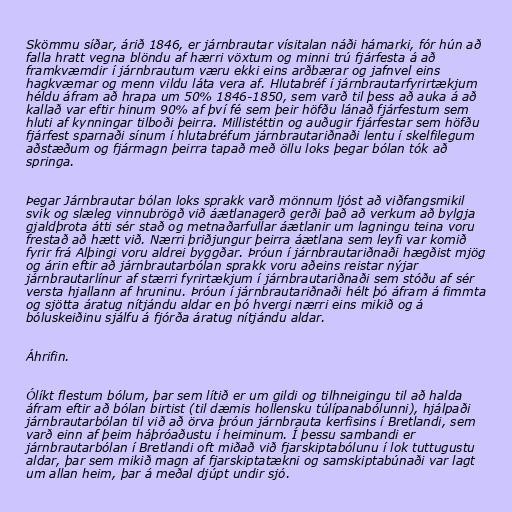
Skömmu síðar, árið 1846, er járnbrautar vísitalan náði hámarki, fór hún að
falla hratt vegna blöndu af hærri vöxtum og minni trú fjárfesta á að
framkvæmdir í járnbrautum væru ekki eins arðbærar og jafnvel eins
hagkvæmar og menn vildu láta vera af. Hlutabréf í járnbrautarfyrirtækjum
héldu áfram að hrapa um 50% 1846-1850, sem varð til þess að auka á að
kallað var eftir hinum 90% af því fé sem þeir höfðu lánað fjárfestum sem
hluti af kynningar tilboði þeirra. Millistéttin og auðugir fjárfestar sem höfðu
fjárfest sparnaði sínum í hlutabréfum járnbrautariðnaði lentu í skelfilegum
aðstæðum og fjármagn þeirra tapað með öllu loks þegar bólan tók að
springa.

Þegar Járnbrautar bólan loks sprakk varð mönnum ljóst að viðfangsmikil
svik og slæleg vinnubrögð við áætlanagerð gerði það að verkum að bylgja
gjaldþrota átti sér stað og metnaðarfullar áætlanir um lagningu teina voru
frestað að hætt við. Nærri þriðjungur þeirra áætlana sem leyfi var komið
fyrir frá Alþingi voru aldrei byggðar. Þróun í járnbrautariðnaði hægðist mjög
og árin eftir að járnbrautarbólan sprakk voru aðeins reistar nýjar
járnbrautarlínur af stærri fyrirtækjum í járnbrautariðnaði sem stóðu af sér
versta hjallann af hruninu. Þróun í járnbrautariðnaði hélt þó áfram á fimmta
og sjötta áratug nítjándu aldar en þó hvergi nærri eins mikið og á
bóluskeiðinu sjálfu á fjórða áratug nítjándu aldar.

Áhrifin.

Ólíkt flestum bólum, þar sem lítið er um gildi og tilhneigingu til að halda
áfram eftir að bólan birtist (til dæmis hollensku túlípanabólunni), hjálpaði
járnbrautarbólan til við að örva þróun járnbrauta kerfisins í Bretlandi, sem
varð einn af þeim háþróaðustu í heiminum. Í þessu sambandi er
járnbrautarbólan í Bretlandi oft miðað við fjarskiptabólunu í lok tuttugustu
aldar, þar sem mikið magn af fjarskiptatækni og samskiptabúnaði var lagt
um allan heim, þar á meðal djúpt undir sjó.